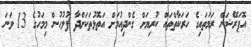
އޮޕަރޭޝަން ރަމަތައިގެ ހަރަކާތްތައް ކުރިޔަށް ގެންދިއުމަށް އަތޮޅުތަކަށްދާ ފުލުހުން މިމަހުގެ 13 ވަނަ